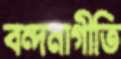
বন্দনাগীতি